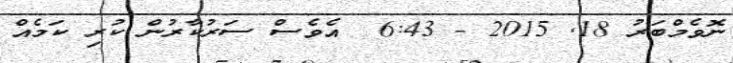
ނޮވެމްބަރު 18